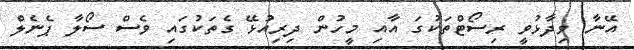
އޭނާ ވިދާޅުވީ ރިސޯޓްތަކުގަ އާއި މީހުން ދިރިއުޅޭ ގެތަކުގައި ވެސް ސޯލާ ޕެނެލް